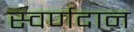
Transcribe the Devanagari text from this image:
स्वर्णदान